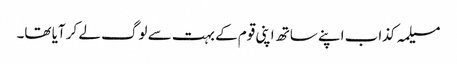
مسیلمہ کذاب اپنے ساتھ اپنی قوم کے بہت سے لوگ لے کر آیا تھا۔